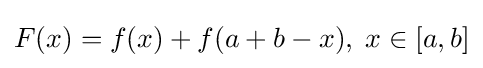
F(x)=f(x)+f(a+b-x),\;x\in [a,b]